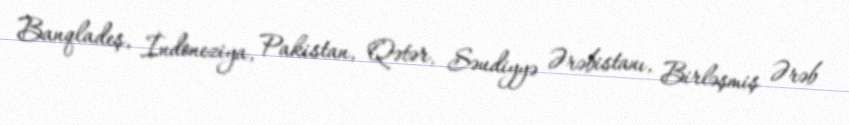
Banqladeş, İndoneziya, Pakistan, Qətər, Səudiyyə Ərəbistanı, Birləşmiş Ərəb